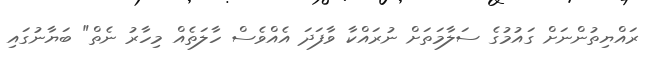
ރައްޔިތުންނަށް ގައުމުގެ ސަލާމަތަށް ނުރައްކާ ވާފަދަ އެއްވެސް ހާލަތެއް މިހާރު ނެތް" ބަޔާނުގައި